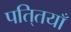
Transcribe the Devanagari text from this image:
पति्तयाँ